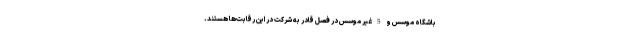
باشگاه موسس و 5 غیر موسس در فصل قادر به شرکت در این رقابت‌ها هستند.